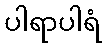
ပါရာပါရံ